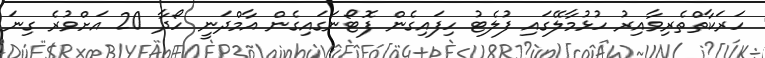
ހަރަކާތްތެރިވާއިރު ހުޅުމާލޭގައި ފުލެޓު ހިފައިގެން ފޮޓޯނަގައިގެން އާމްދަނީ ހޯދާ 20 އަށްވުރެ ގިނަ